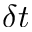
\delta t